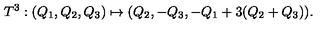
T ^ { 3 } : ( Q _ { 1 } , Q _ { 2 } , Q _ { 3 } ) \mapsto ( Q _ { 2 } , - Q _ { 3 } , - Q _ { 1 } + 3 ( Q _ { 2 } + Q _ { 3 } ) ) .